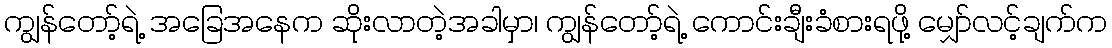
ကျွန်တော့်ရဲ့ အခြေအနေက ဆိုးလာတဲ့အခါမှာ၊ ကျွန်တော့်ရဲ့ ကောင်းချီးခံစားရဖို့ မျှော်လင့်ချက်က